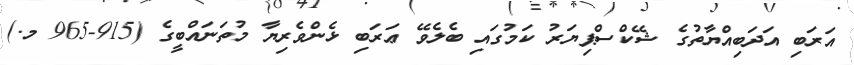
އަރަބި އަދަބިއްޔާތުގެ ޝޭކްސްޕިޔަރު ކަމުގައި ބެލެވޭ ޢަރަބި ޅެންވެރިޔާ މުތަނައްބީގެ (915-965 މ.)